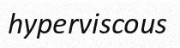
hyperviscous